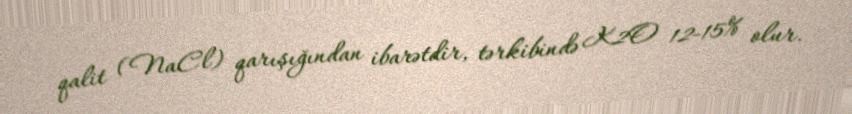
qalit (NaCl) qarışığından ibarətdir, tərkibində K2O 12-15% olur.